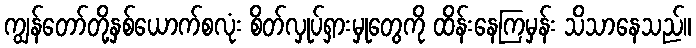
ကျွန်တော်တို့နှစ်ယောက်စလုံး စိတ်လှုပ်ရှားမှုတွေကို ထိန်းနေကြမှန်း သိသာနေသည်။